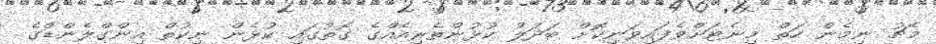
މެޗު ނިމެން ހަތް މިނެޓަށްވެފައިވަނިކޮށް ބަދަލު ކުޅުންތެރިއެއްގެ ގޮތުގައި ކުޅެން ނިކުތް އިންގްލެންޑްގެ